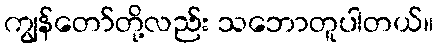
ကျွန်တော်တို့လည်း သဘောတူပါတယ်။